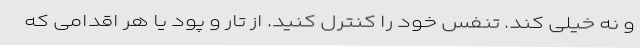
و نه خیلی کند. تنفس خود را کنترل کنید. از تار و پود یا هر اقدامی که